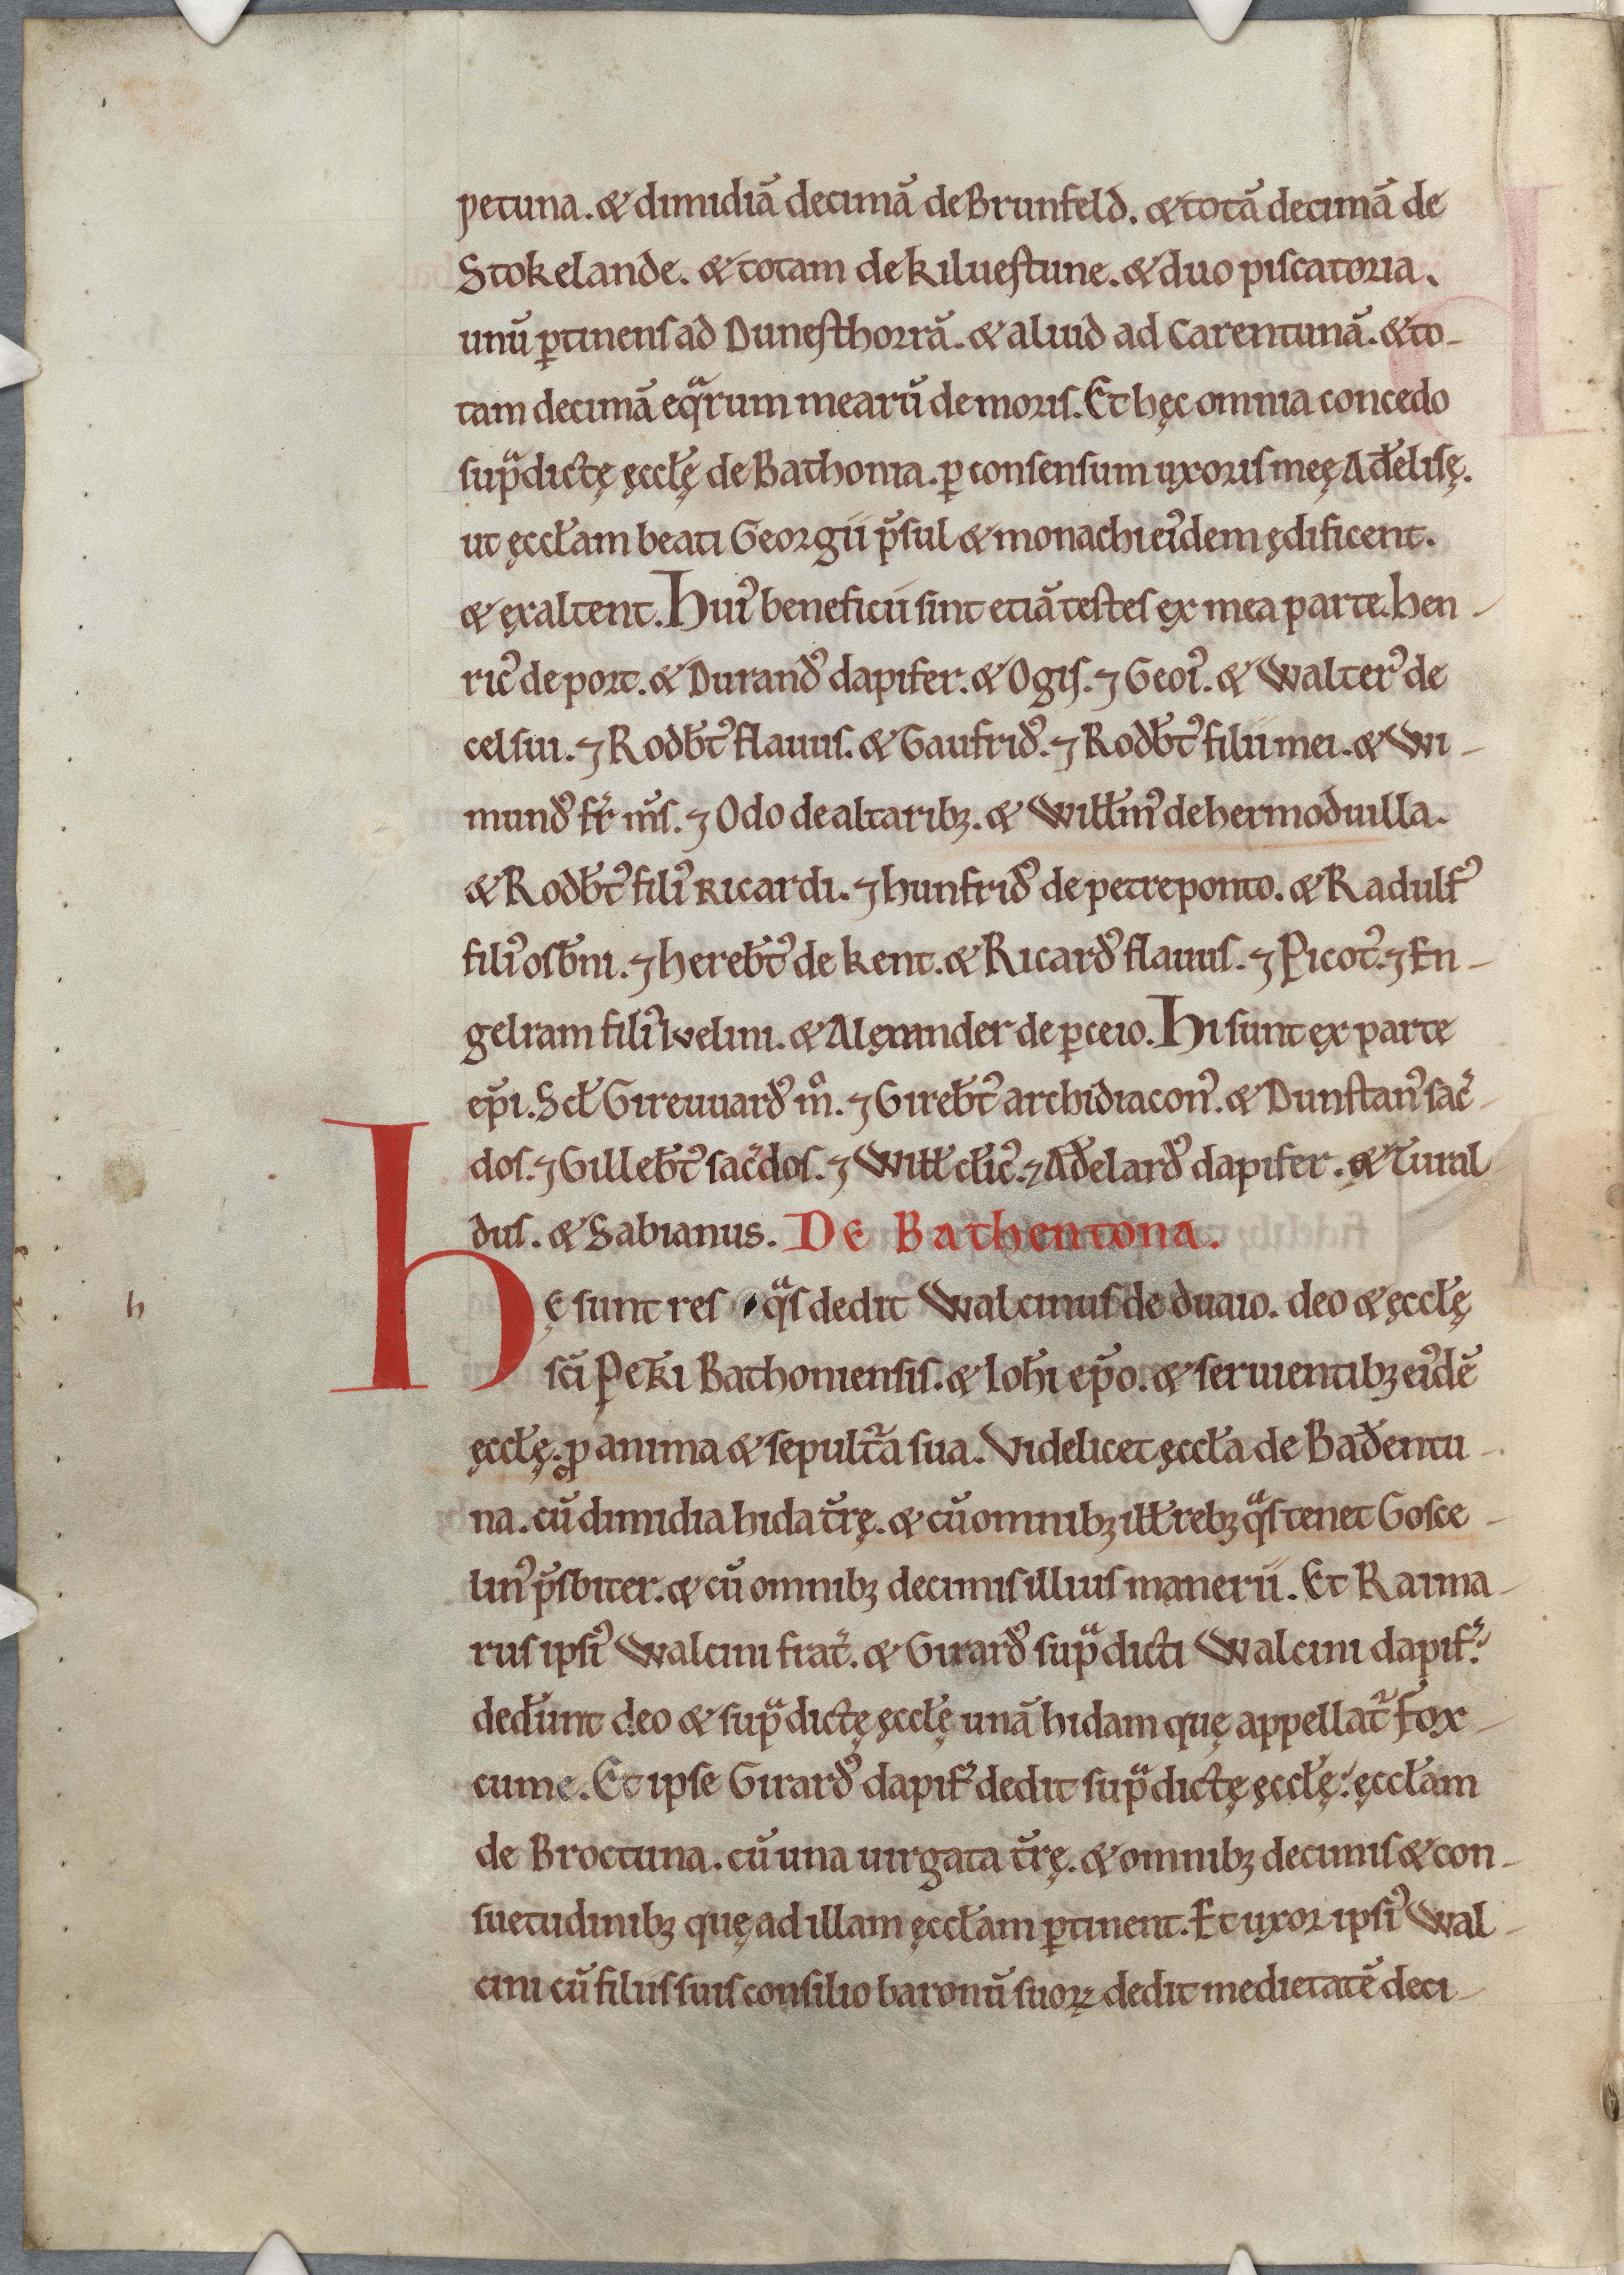
Shelfmark: Cambridge, Corpus Christi College, MS 111
Century: 11